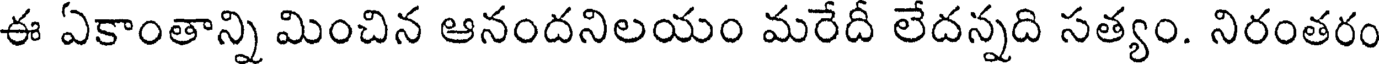
ఈ ఏకాంతాన్ని మించిన ఆనందనిలయం మరేదీ లేదన్నది సత్యం. నిరంతరం